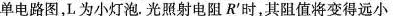
单电路图，L为小灯泡。光照射电阻R^｛\prime｝时，其阻值将变得远小